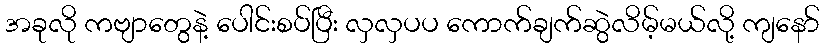
အခုလို ကဗျာတွေနဲ့ ပေါင်းစပ်ပြီး လှလှပပ ကောက်ချက်ဆွဲလိမ့်မယ်လို့ ကျနော်